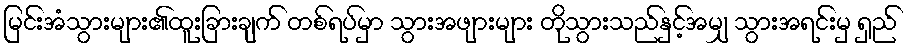
မြင်းအံသွားများ၏ထူးခြားချက် တစ်ရပ်မှာ သွားအဖျားများ တိုသွားသည်နှင့်အမျှ သွားအရင်းမှ ရှည်